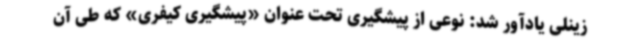
زینلی یادآور شد: نوعی از پیشگیری تحت عنوان «پیشگیری کیفری» که طی آن